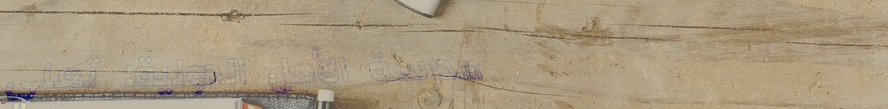
مدرسة الأمل الدولية: تعلي